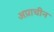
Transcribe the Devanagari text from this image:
अप्राचीन